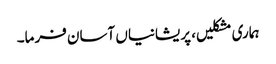
ہماری مشکلیں، پریشانیاں آسان فرما۔